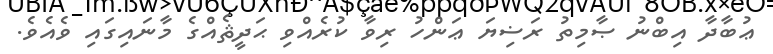
ޢުބާދާ އިބްނު ޞާމިތު ރަޟިޔަ ޢަންހު ރިވާ ކުރެއްވި ޙަދީޘެއްގެ މާނައިގައި ވެއެވެ.